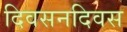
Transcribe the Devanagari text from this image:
दिवसनदिवस